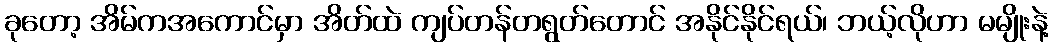
ခုတော့ အိမ်ကအကောင်မှာ အိတ်ထဲ ကျပ်တန်တရွတ်တောင် အနိုင်နိုင်ရယ်၊ ဘယ့်လိုဟာ မမျိုးနဲ့